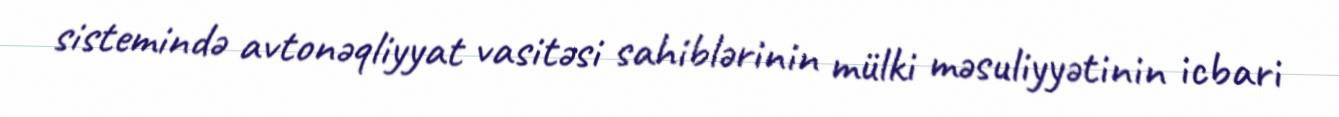
sistemində avtonəqliyyat vasitəsi sahiblərinin mülki məsuliyyətinin icbari